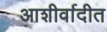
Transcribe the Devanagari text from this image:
आशीर्वादीत